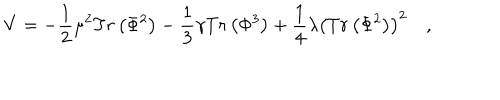
V = - \frac { 1 } { 2 } \mu ^ { 2 } T r \left( \Phi ^ { 2 } \right) - \frac { 1 } { 3 } \gamma T r \left( \Phi ^ { 3 } \right) + \frac { 1 } { 4 } \lambda \left( T r \left( \Phi ^ { 2 } \right) \right) ^ { 2 } \quad ,